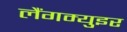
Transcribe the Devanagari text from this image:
लैंगम्युइर